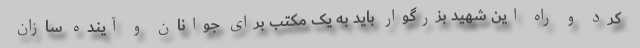
کرد و راه این شهید بزرگوار باید به یک مکتب برای جوانان و آینده سازان